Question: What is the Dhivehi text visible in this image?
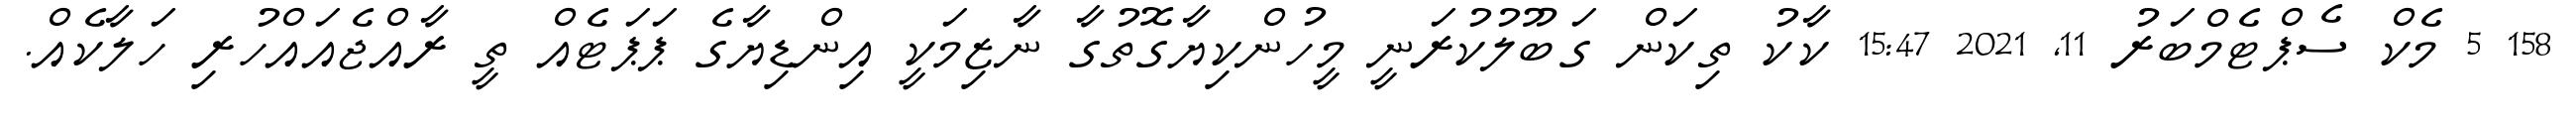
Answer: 158 5 މެކް ސެޕްޓެމްބަރު 11, 2021 15:47 ކާކު ތިކަން ގަބޫލުކުރަނީ މީހުންކިޔާގޮތުގާ ނާޒިމަކީ އިންޑިޔާގެ ޕަޕަޓެއް ތީ ރާއްޖެއައްހުރި ހަލާކެއް.